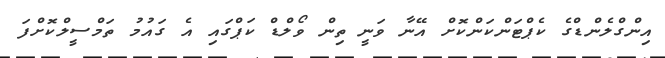
އިންގްލެންޑްގެ ކެޕްޓަންކަންކޮށް އޭނާ ވަނީ ތިން ވޯލްޑް ކަޕްގައި އެ ގައުމު ތަމްސީލްކޮށްފަ